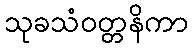
သုခသံဝတ္တနိကာ